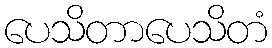
ပေသိတာပေသိတံ